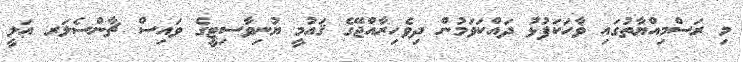
މި ރަސްމިއްޔާތުގައި ޥާހަކަފުޅު ދައްކަވަމުން ދިވެހިރާއްޖޭގެ ޤައުމީ ޔުނިވާސިޓީގެ ވައިސް ޗާންސެލަރ ޢަލީ